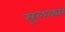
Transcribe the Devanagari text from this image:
सुळक्या